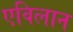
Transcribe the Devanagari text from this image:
एविलान